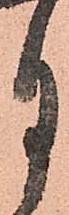
月